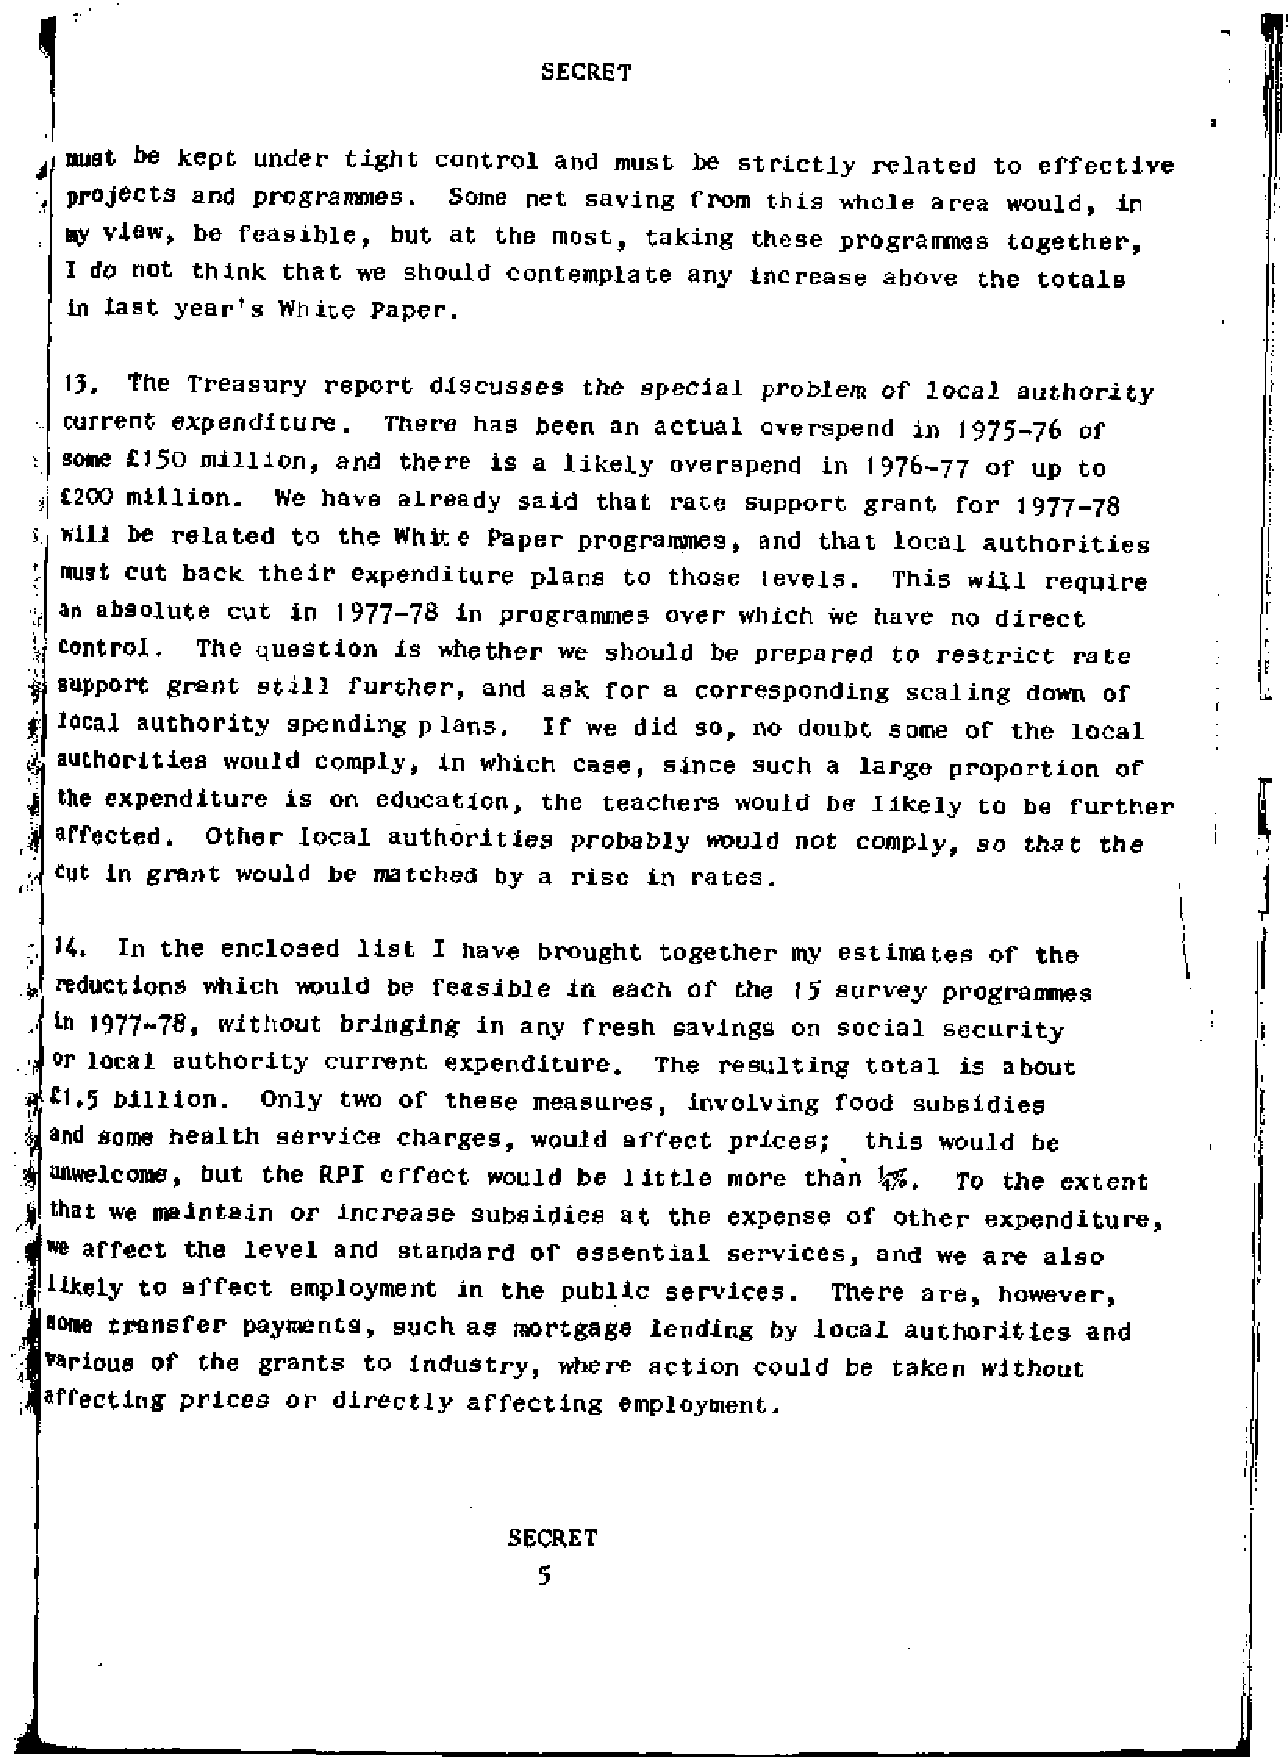
must be kept under tight control and  must be strictly related to effective
 projects and programmes.  Some net saving from  this whole area would, in
 my view, be feasible, but at the most, taking  these programmes together,
 I do not think that we  should contemplate any increase above the totals
 in last year's White Paper.
 13. The  Treasury report discusses the special                 authority
 problem of local
 current expenditure.  There has been an actual overspend in 1975-76 of
 some £150 million, and there is a likely overspend in 1976-77 of  up to
 £200 million. We have  already said that rate support grant for 1977-78
 will be related to the White paper programmes, and that local authorities
 must cut back their expenditure plans to those levels.  This will require
 an absolute cut in 1977-78 in programmes over which we have no direct
 control. The question is whether we should  be prepared to restrict rate
 support grant still further, and ask for a corresponding scaling down of
 local authority spending plans. If we did so, no doubt some  of the local
 authorities would comply, in which case, since such a large proportion of
 the expenditure is on education, the teachers would be likely to be further
 affected. Other local authorities probably would not comply, so  that the
 cut in      would be matched by a rise in rates.
 grant
 H.  In the enclosed list I have brought together my estimates of  the
 Ireductions which would be feasible in each of the 15 survey programmes
 in 1977-78* without bringing in any fresh savings on social security
 or local authority current expenditure. The resulting total is about
 £1.5 billion. Only  two of these measures, involving food subsidies
 and some health service charges, would affect prices;  this would be
 unwelcome, but the RPI effect would be little more than Hjg, TO the extent
 that we maintain or increase subsidies at the expense of other expenditure,
 we affect the level and standard of essential services, and we are also
 likely to affect employment in the public services.  There are, however,
 tone transfer payments, such as mortgage lending by local authorities and
 various of the grants to industry, where action could be taken without
 affecting prices or directly affecting employment.